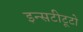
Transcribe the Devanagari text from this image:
इन्सटीटूटो